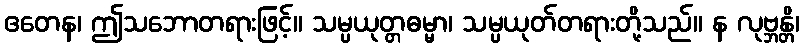
ဧတေန၊ ဤသဘောတရားဖြင့်။ သမ္ပယုတ္တဓမ္မာ၊ သမ္ပယုတ်တရားတို့သည်။ န လုဗ္ဘန္တိ၊